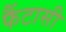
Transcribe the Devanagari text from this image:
फैंटासी